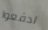
ادفعوا